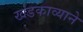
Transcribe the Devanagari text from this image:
खंडकाव्याने